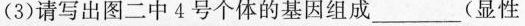
(3)请写出图二中4号个体的基因组成_____(显性